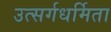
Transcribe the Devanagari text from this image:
उत्सर्गधर्मिता